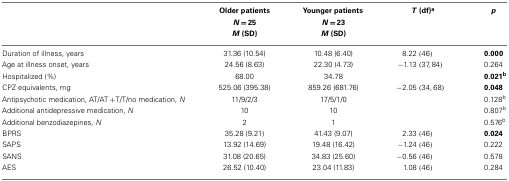
|  | Older patients | Younger patients | T (df)a | p |
 |  | N = 25 | N = 23 |  |
 |  | M (SD) | M (SD) |  |
 | --- | --- | --- | --- | --- |
 | Duration of illness, years | 31.36 (10.54) | 10.48 (6.40) | 8.22 (46) | 0.000 |
 | Age at illness onset, years | 24.56 (8.63) | 22.30 (4.73) | −1.13 (37, 84) | 0.264 |
 | Hospitalized (%) | 68.00 | 34.78 |  | 0.021b |
 | CPZ equivalents, mg | 525.06 (395.38) | 859.26 (681.76) | −2.05 (34, 68) | 0.048 |
 | Antipsychotic medication, AT/AT + T/T/no medication, N | 11/9/2/3 | 17/5/1/0 |  | 0.128b |
 | Additional antidepressive medication, N | 10 | 10 |  | 0.807b |
 | Additional benzodiazepines, N | 2 | 1 |  | 0.576b |
 | BPRS | 35.28 (9.21) | 41.43 (9.07) | 2.33 (46) | 0.024 |
 | SAPS | 13.92 (14.69) | 19.48 (16.42) | −1.24 (46) | 0.222 |
 | SANS | 31.08 (20.65) | 34.83 (25.60) | −0.56 (46) | 0.578 |
 | AES | 26.52 (10.40) | 23.04 (11.83) | 1.08 (46) | 0.284 |